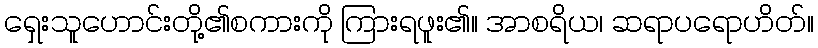
ရှေးသူဟောင်းတို့၏စကားကို ကြားရဖူး၏။ အာစရိယ၊ ဆရာပရောဟိတ်။